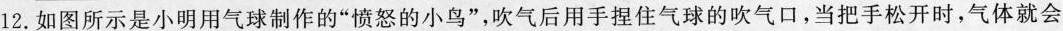
12.如图所示是小明用气球制作的”愤怒的小鸟”，吹气后用手捏住气球的吹气口，当把手松开时，气体就会